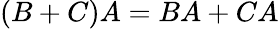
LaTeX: (B+C)A=BA+CA